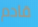
قادم